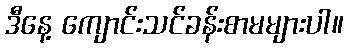
ဒီနေ့ ကျောင်းသင်ခန်းစာမများပါ။